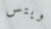
ويتس